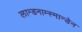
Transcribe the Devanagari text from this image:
लान्डनाम्स्मान्डेन